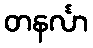
တနင်္လာ